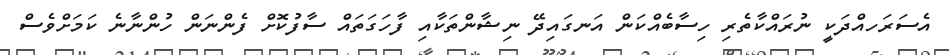
އެސަރަހއްދަކީ ނުރައްކާތެރި ހިސާބެއްކަން އަނގައިދޭ ނިޝާންތަކާއި ފާހަގަތައް ސާފުކޮށް ފެންނަން ހުންނާނެ ކަމަށްވެސް